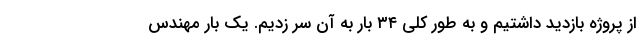
از پروژه بازدید داشتیم و به طور کلی ۳۴ بار به آن سر زدیم. یک بار مهندس